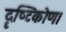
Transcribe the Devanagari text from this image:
दॄष्‍टिकोण।